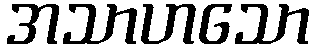
အသာဟသော